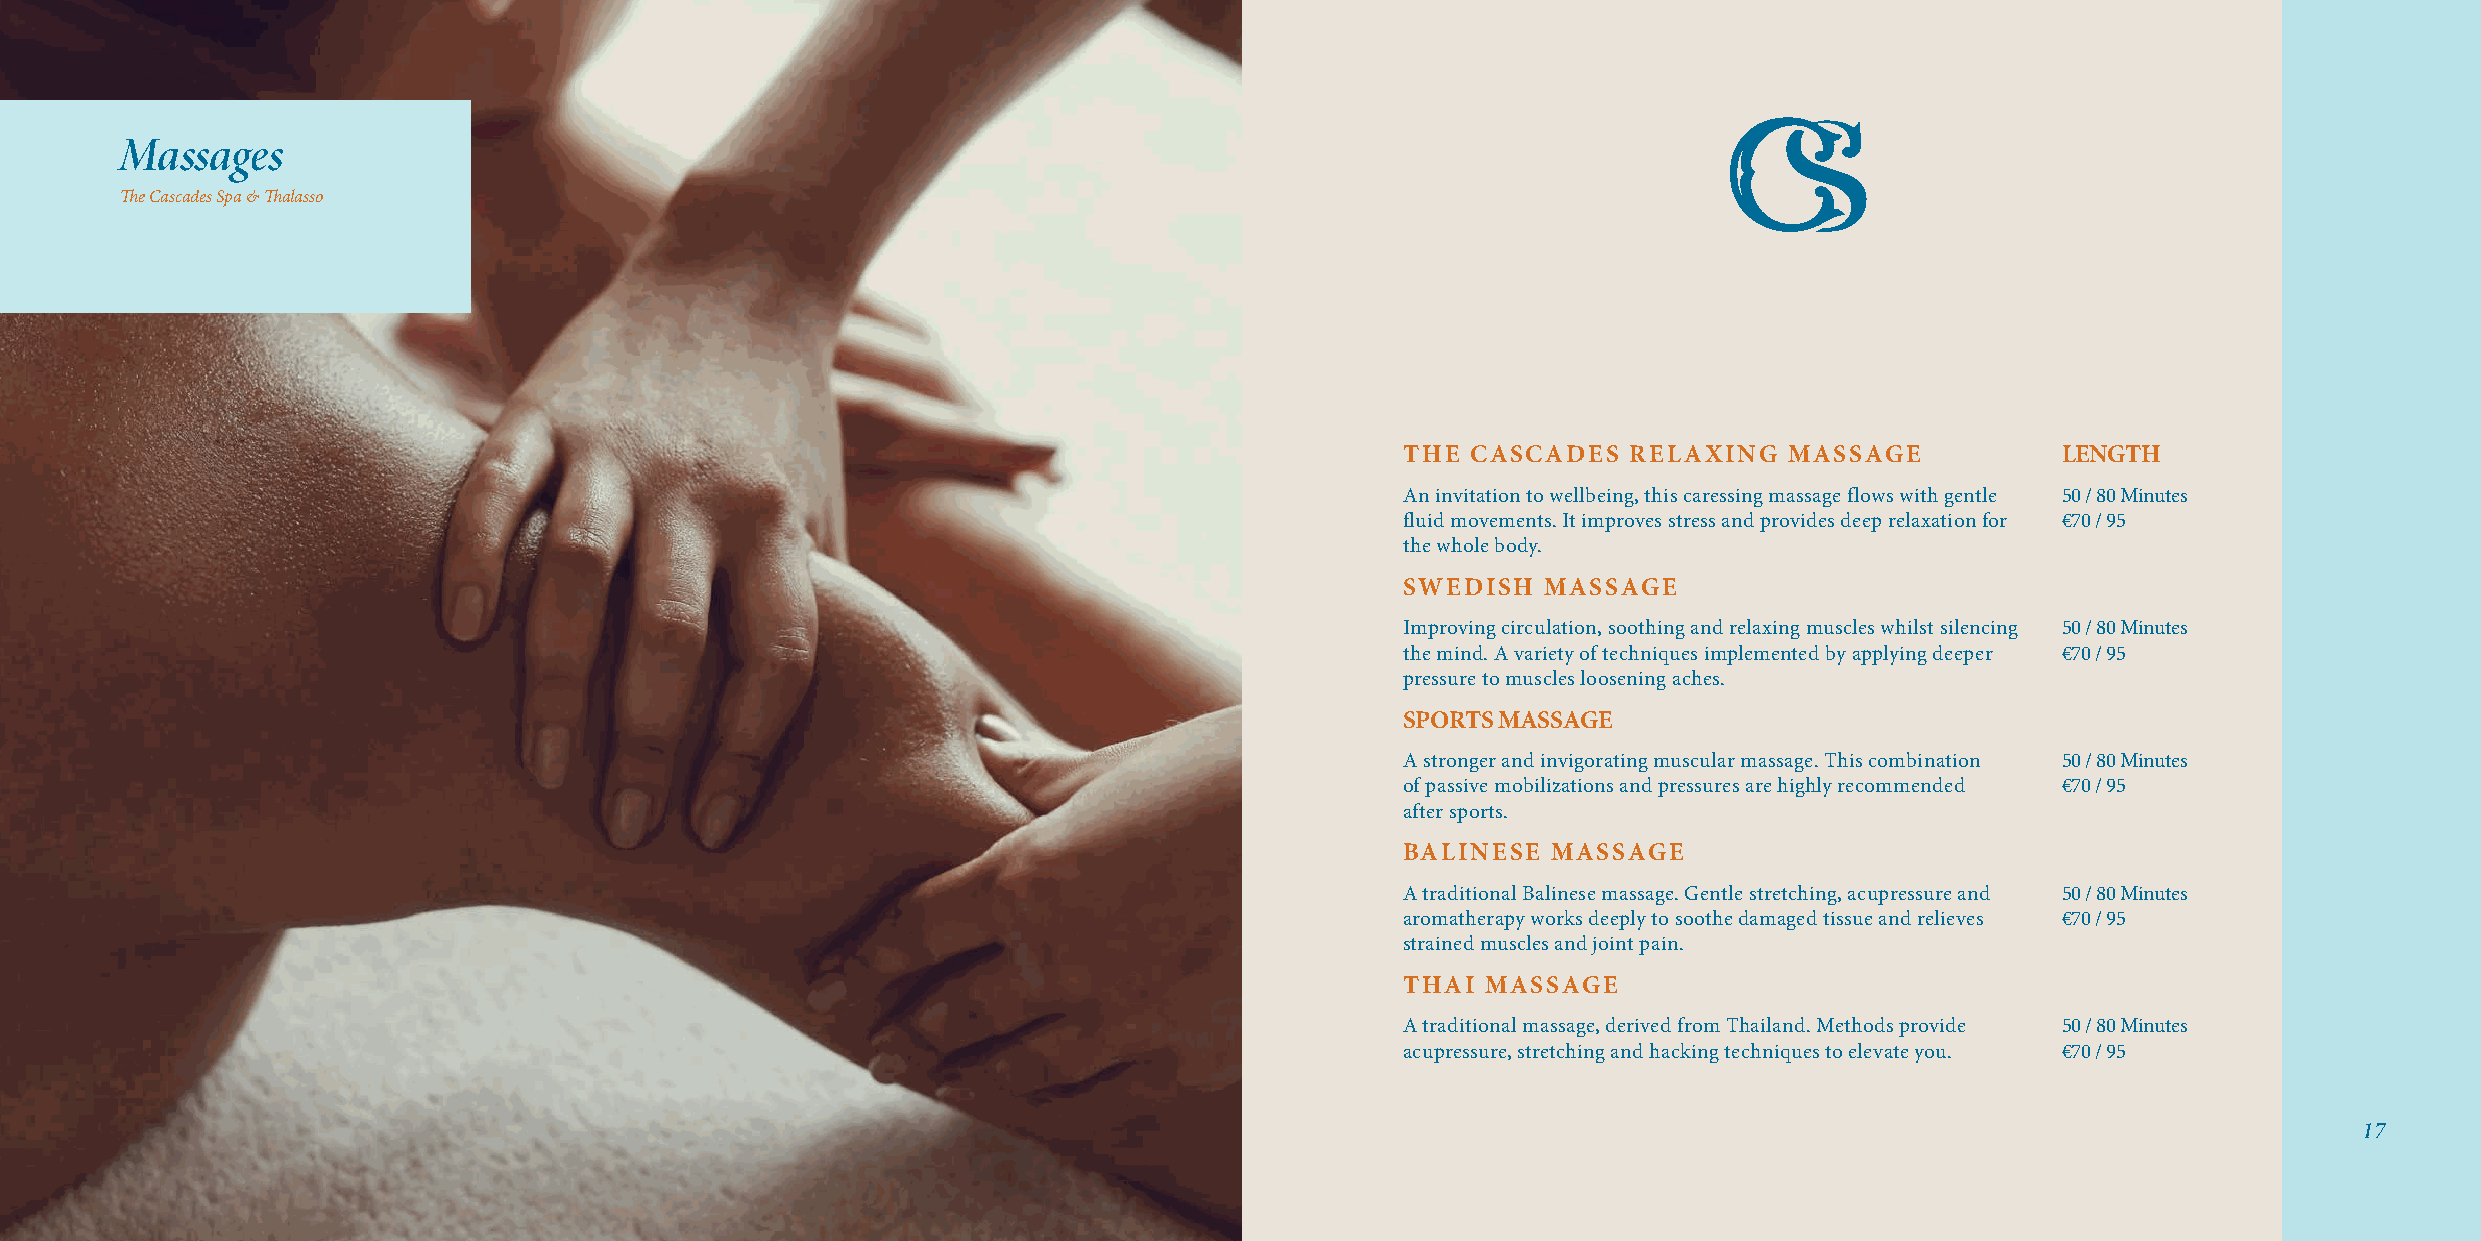
Massages
 The Cascades Spa & Thalasso
 THE CASCADES   RELAXING  MASSAGE           LENGTH
 An invitation to wellbeing, this caressing massage flows with gentle 50 / 80 Minutes
 fluid movements. It improves stress and provides deep relaxation for €70 / 95
 the whole body.
 SWEDISH  MASSAGE
 Improving circulation, soothing and relaxing muscles whilst silencing 50 / 80 Minutes
 the mind. A variety of techniques implemented by applying deeper €70 / 95
 pressure to muscles loosening aches.
 SPORTS MASSAGE
 A stronger and invigorating muscular massage. This combination 50 / 80 Minutes
 of passive mobilizations and pressures are highly recommended €70 / 95
 after sports.
 BALINESE  MASSAGE
 A traditional Balinese massage. Gentle stretching, acupressure and 50 / 80 Minutes
 aromatherapy works deeply to soothe damaged tissue and relieves €70 / 95
 strained muscles and joint pain.
 THAI MASSAGE
 A traditional massage, derived from Thailand. Methods provide 50 / 80 Minutes
 acupressure, stretching and hacking techniques to elevate you. €70 / 95
 17